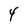
Character: 4